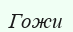
Гожи